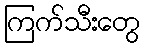
ကြက်သီးတွေ